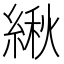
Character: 䋺